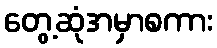
တွေ့ဆုံအမှာစကား